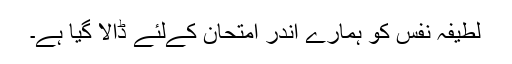
لطیفہ نفس کو ہمارے اندر امتحان کےلئے ڈالا گیا ہے۔